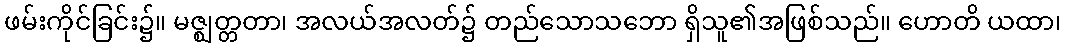
ဖမ်းကိုင်ခြင်း၌။ မဇ္ဈတ္တတာ၊ အလယ်အလတ်၌ တည်သောသဘော ရှိသူ၏အဖြစ်သည်။ ဟောတိ ယထာ၊